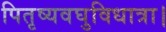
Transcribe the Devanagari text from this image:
पितृष्यवघुविधात्रा।